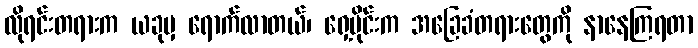
လိုရင်းတရားက ယခုမှ ရောက်လာတယ်၊ ရှေ့ပိုင်းက အခြေခံတရားတွေကို နာနေကြရတာ